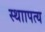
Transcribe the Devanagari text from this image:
स्थाापत्य